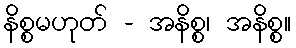
နိစ္စမဟုတ် - အနိစ္စ၊ အနိစ္စ။